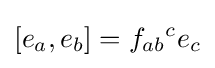
[e_{a},e_{b}]=f_{ab}{}^{c}e_{c}